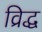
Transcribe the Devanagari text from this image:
व्रिद्ध